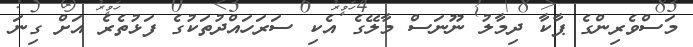
މަސްވެރިންގެ ޕާކާ ދިމާލު ނޫނަސް މާލޭގެ އެކި ސަރަހައްދުތަކުގެ ފަޅުތެރެ އަށް ގިނަ